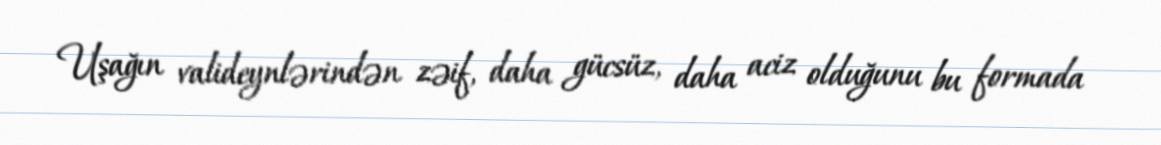
Uşağın valideynlərindən zəif, daha gücsüz, daha aciz olduğunu bu formada